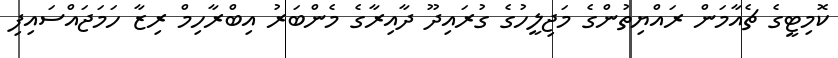
ކޮމިޓީގެ ޗެއާމަން ރައްޔިތުންގެ މަޖިލީހުގެ ގުރައިދޫ ދާއިރާގެ މެންބަރު އިބްރާހިމް ރިޒާ ހަމަޖައްސައިފި